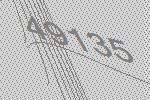
49135